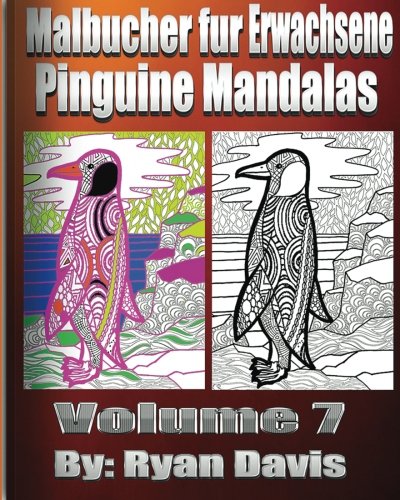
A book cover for MalbÃ¼cher FÃ¼r Erwachsene Pinguine Mandalas (Animals & Mandalas ) (German Edition); Ryan Davis; Comics & Graphic Novels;